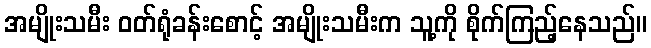
အမျိုးသမီး ဝတ်ရုံခန်းစောင့် အမျိုးသမီးက သူ့ကို စိုက်ကြည့်နေသည်။